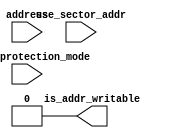
module altera_onchip_flash_address_write_protection_check (
    use_sector_addr,
    address,
    write_protection_mode,
    is_addr_writable
);
    parameter FLASH_ADDR_WIDTH = 23;
    parameter SECTOR1_START_ADDR = 1;
    parameter SECTOR1_END_ADDR = 1;
    parameter SECTOR2_START_ADDR = 1;
    parameter SECTOR2_END_ADDR = 1;
    parameter SECTOR3_START_ADDR = 1;
    parameter SECTOR3_END_ADDR = 1;
    parameter SECTOR4_START_ADDR = 1;
    parameter SECTOR4_END_ADDR = 1;
    parameter SECTOR5_START_ADDR = 1;
    parameter SECTOR5_END_ADDR = 1;
    parameter SECTOR_READ_PROTECTION_MODE = 5'b11111;
    input use_sector_addr;
    input [FLASH_ADDR_WIDTH-1:0] address;
    input [4:0] write_protection_mode;
    output is_addr_writable;
    wire is_sector1_addr;
    wire is_sector2_addr;
    wire is_sector3_addr;
    wire is_sector4_addr;
    wire is_sector5_addr;    
    wire is_sector1_writable;
    wire is_sector2_writable;
    wire is_sector3_writable;
    wire is_sector4_writable;
    wire is_sector5_writable;
    assign is_sector1_addr = (use_sector_addr) ? (address == 1) : ((address >= SECTOR1_START_ADDR) && (address <= SECTOR1_END_ADDR));
    assign is_sector2_addr = (use_sector_addr) ? (address == 2) : ((address >= SECTOR2_START_ADDR) && (address <= SECTOR2_END_ADDR));
    assign is_sector3_addr = (use_sector_addr) ? (address == 3) : ((address >= SECTOR3_START_ADDR) && (address <= SECTOR3_END_ADDR));
    assign is_sector4_addr = (use_sector_addr) ? (address == 4) : ((address >= SECTOR4_START_ADDR) && (address <= SECTOR4_END_ADDR));
    assign is_sector5_addr = (use_sector_addr) ? (address == 5) : ((address >= SECTOR5_START_ADDR) && (address <= SECTOR5_END_ADDR));
    assign is_sector1_writable = ~(write_protection_mode[0] || SECTOR_READ_PROTECTION_MODE[0]);
    assign is_sector2_writable = ~(write_protection_mode[1] || SECTOR_READ_PROTECTION_MODE[1]);
    assign is_sector3_writable = ~(write_protection_mode[2] || SECTOR_READ_PROTECTION_MODE[2]);
    assign is_sector4_writable = ~(write_protection_mode[3] || SECTOR_READ_PROTECTION_MODE[3]);
    assign is_sector5_writable = ~(write_protection_mode[4] || SECTOR_READ_PROTECTION_MODE[4]);
    assign is_addr_writable = ((is_sector1_writable && is_sector1_addr) ||
                               (is_sector2_writable && is_sector2_addr) ||
                               (is_sector3_writable && is_sector3_addr) ||
                               (is_sector4_writable && is_sector4_addr) ||
                               (is_sector5_writable && is_sector5_addr));
endmodule